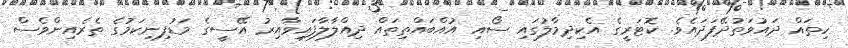
ހިތައް ދައުވަތުދޭފަދައެވެ. ކޮޓަރީގެ އެކިދިމާލުގައި ސޯއި އުއްބައްތިތައް ދިއްލާލާފައިވާއިރު އޭސީގެ މަޑުފިނިކަމުގެ ތެރެއިންވެސް